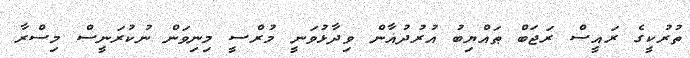
ތުރުކީގެ ރައީސް ރަޖަބް ޠައްޔިބު އުރުދުޣާން ވިދާޅުވަނީ މުރްސީ މިނިވަން ނުކުރަނީސް މިސްރާ